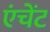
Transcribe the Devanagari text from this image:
एंचेंट